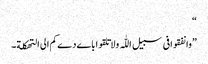
“
”وانفقوافی سبیل اللّٰہ ولاتلقواباےدےکم الی التھکلة۔